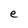
Character: e